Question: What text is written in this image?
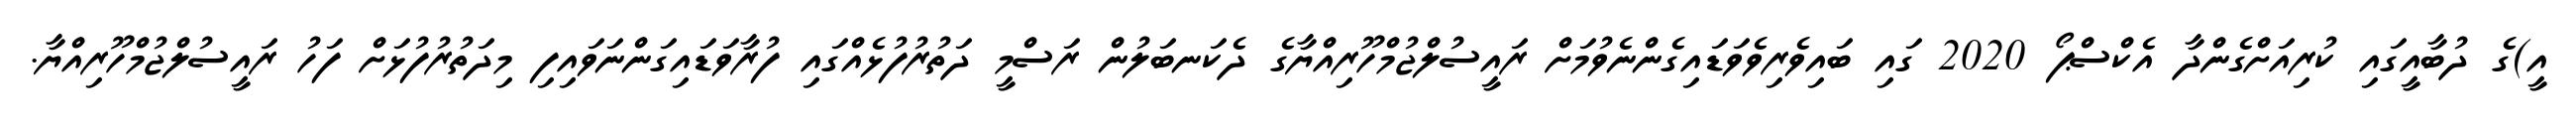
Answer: އީ)ގެ ދުބާއީގައި ކުރިއަށްގެންދާ އެކްސްޕޯ 2020 ގައި ބައިވެރިވެވަޑައިގެންނެވުމަށް ރައީސުލްޖުމްހޫރިއްޔާގެ ދެކަނބަލުން ރަސްމީ ދަތުރުފުޅެއްގައި ފުރާވަޑައިގަންނަވައިފި މިދަތުރުފުޅަށް ފަހު ރައީސުލްޖުމްހޫރިއްޔާ.